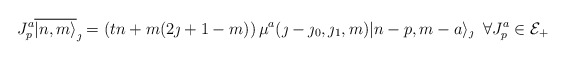
\begin{align*}J^a_p \overline{|n,m\rangle}_{\jmath}=\left(tn+m(2\jmath +1 -m)\right)\mu^a(\jmath-\jmath_0,\jmath_1,m) |n-p,m-a\rangle_{\jmath} \;\; \forall J^a_p\in {\cal E}_+\end{align*}